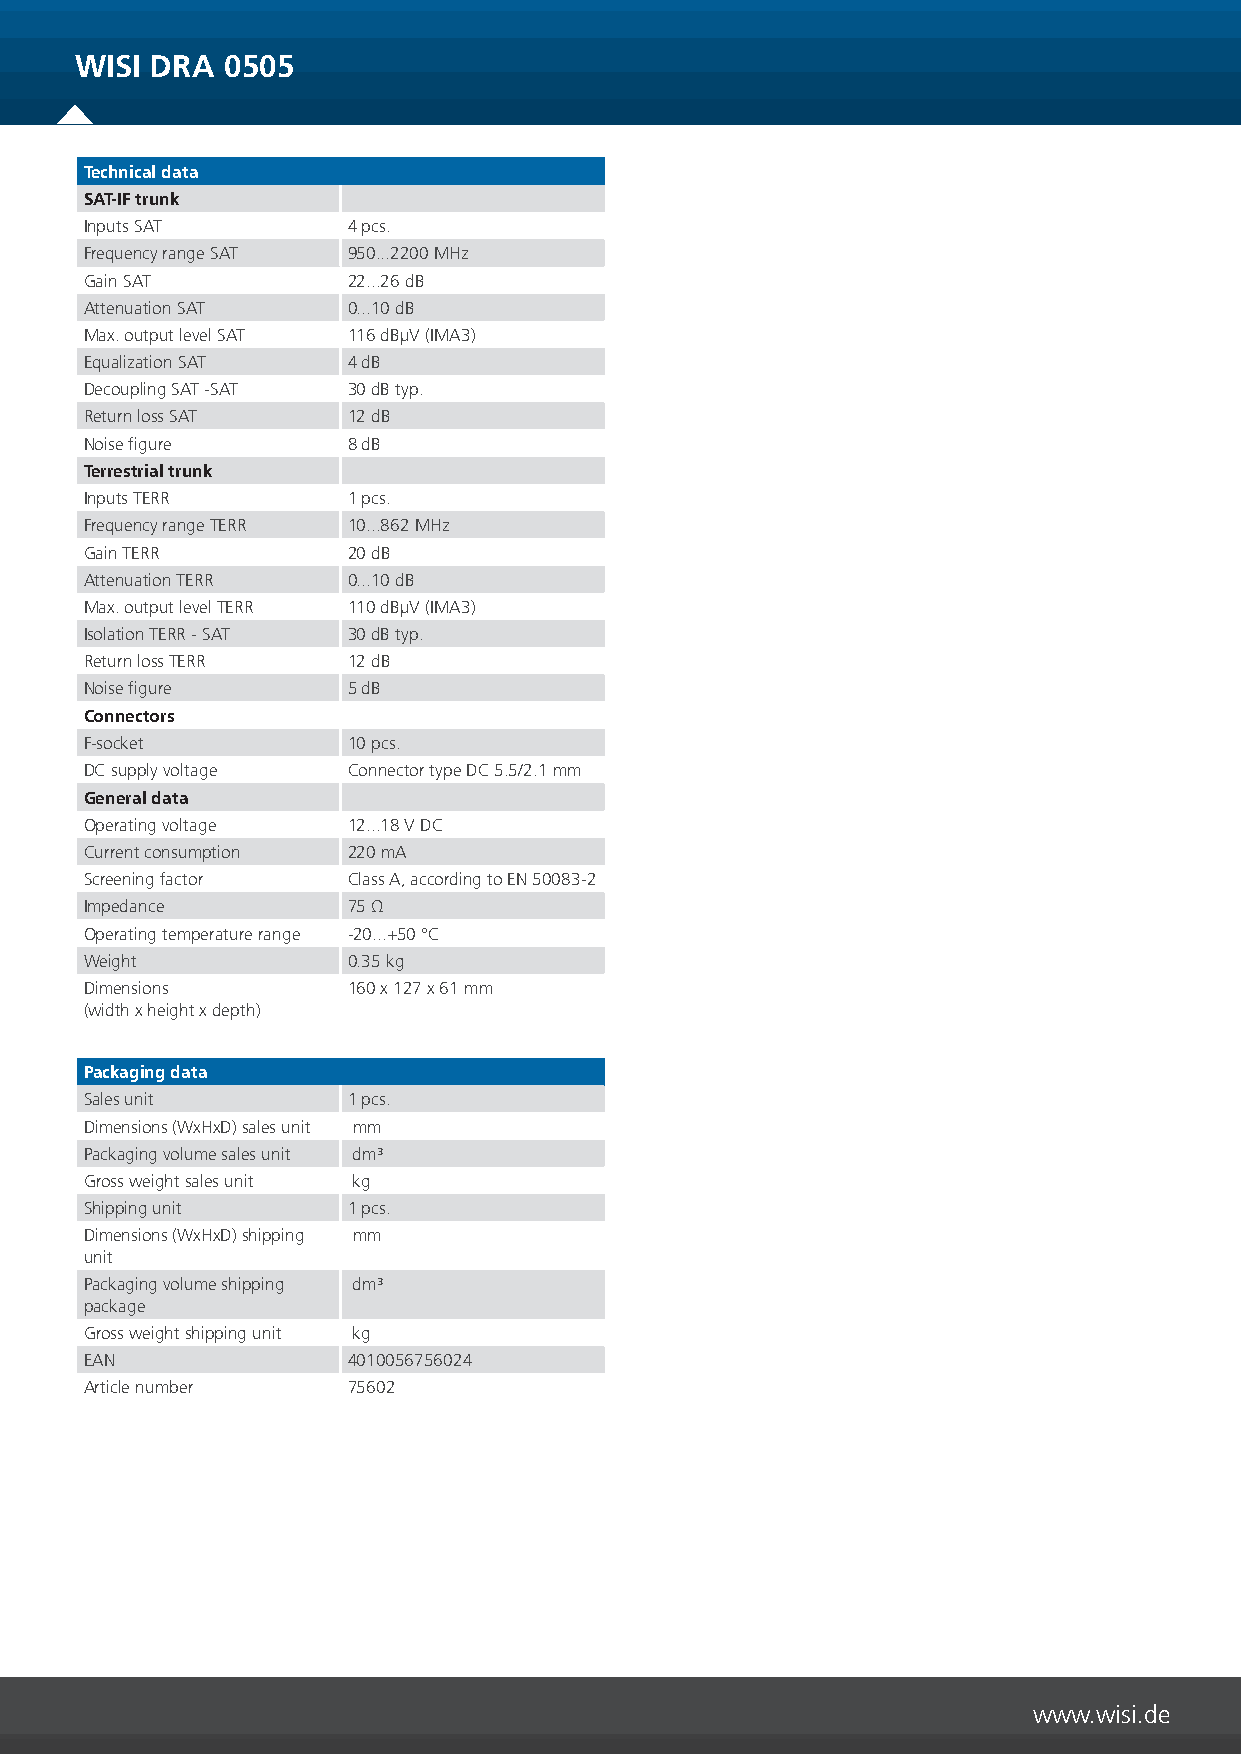
WISI DRA  0505
 Technical data
 SAT-IF trunk
 Inputs SAT       4 pcs.
 Frequency range SAT 950...2200 MHz
 Gain SAT         22...26 dB
 Attenuation SAT  0...10 dB
 Max. output level SAT 116 dBµV (IMA3)
 Equalization SAT 4 dB
 Decoupling SAT -SAT 30 dB typ.
 Return loss SAT  12 dB
 Noise figure     8 dB
 Terrestrial trunk
 Inputs TERR      1 pcs.
 Frequency range TERR 10...862 MHz
 Gain TERR        20 dB
 Attenuation TERR 0...10 dB
 Max. output level TERR 110 dBµV (IMA3)
 Isolation TERR - SAT 30 dB typ.
 Return loss TERR 12 dB
 Noise figure     5 dB
 Connectors
 F-socket         10 pcs.
 DC supply voltage Connector type DC 5.5/2.1 mm
 General data
 Operating voltage 12...18 V DC
 Current consumption 220 mA
 Screening factor Class A, according to EN 50083-2
 Impedance        75 Ω
 Operating temperature range -20...+50 °C
 Weight           0.35 kg
 Dimensions       160 x 127 x 61 mm
 (width x height x depth)
 Packaging data
 Sales unit       1 pcs.
 Dimensions (WxHxD) sales unit mm
 Packaging volume sales unit dm³
 Gross weight sales unit kg
 Shipping unit    1 pcs.
 Dimensions (WxHxD) shipping mm
 unit
 Packaging volume shipping dm³
 package
 Gross weight shipping unit kg
 EAN              4010056756024
 Article number   75602
 www.wisi.de